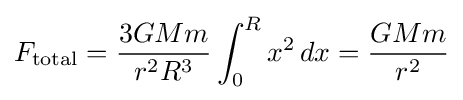
F_{\text{total}}={\frac {3GMm}{r^{2}R^{3}}}\int _{0}^{R}x^{2}\,dx={\frac {GMm}{r^{2}}}